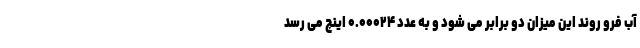
آب فرو روند این میزان دو برابر می شود و به عدد ۰.۰۰۰۲۴ اینچ می رسد